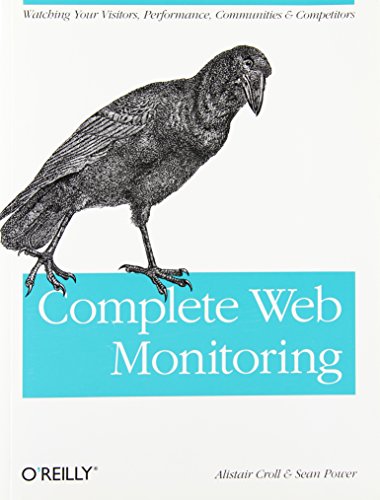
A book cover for Complete Web Monitoring: Watching your visitors, performance, communities, and competitors; Alistair Croll; Computers & Technology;